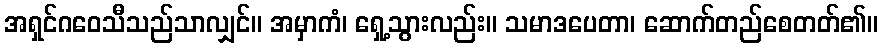
အရှင်ဂဝေသီသည်သာလျှင်။ အမှာကံ၊ ရှေ့သွားလည်း။ သမာဒပေတာ၊ ဆောက်တည်စေတတ်၏။